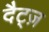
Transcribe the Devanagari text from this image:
दैट्ज़